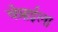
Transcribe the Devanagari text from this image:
चेन्नाईला